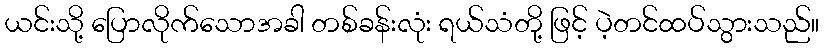
ယင်းသို့ ပြောလိုက်သောအခါ တစ်ခန်းလုံး ရယ်သံတို့ ဖြင့် ပဲ့တင်ထပ်သွားသည်။